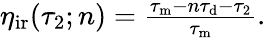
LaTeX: \begin{array}{r}{\eta_{\mathrm{ir}}(\tau_{2};n)=\frac{\tau_{\mathrm{m}}-n\tau_{\mathrm{d}}-\tau_{2}}{\tau_{\mathrm{m}}}.}\end{array}